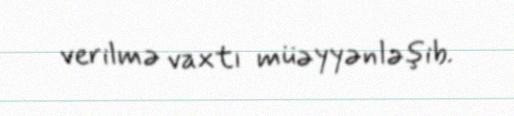
verilmə vaxtı müəyyənləşib.